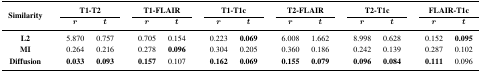
| <ROWSPAN=3> Similarity | <COLSPAN=2> T1-T2 | <COLSPAN=2> T1-FLAIR | <COLSPAN=2> T1-T1c | <COLSPAN=2> T2-FLAIR | <COLSPAN=2> T2-T1c | <COLSPAN=2> FLAIR-T1c |
 | r | t | r | t | r | t | r | t | r | t | r | t |
 | --- | --- | --- | --- | --- | --- | --- | --- | --- | --- | --- | --- | --- |
 | L2 | 5.870 | 0.757 | 0.705 | 0.154 | 0.223 | 0.069 | 6.008 | 1.662 | 8.998 | 0.628 | 0.152 | 0.095 |
 | MI | 0.264 | 0.216 | 0.278 | 0.096 | 0.304 | 0.205 | 0.360 | 0.186 | 0.242 | 0.139 | 0.287 | 0.102 |
 | Diffusion | 0.033 | 0.093 | 0.157 | 0.107 | 0.162 | 0.069 | 0.155 | 0.079 | 0.096 | 0.084 | 0.111 | 0.096 |